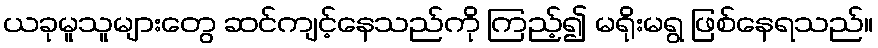
ယခုမူသူများတွေ ဆင်ကျင့်နေသည်ကို ကြည့်၍ မရိုးမရွ ဖြစ်နေရသည်။